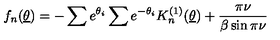
f _ { n } ( \underline { { \theta } } ) = - \sum e ^ { \theta _ { i } } \sum e ^ { - \theta _ { i } } K _ { n } ^ { ( 1 ) } ( \underline { { \theta } } ) + \frac { \pi \nu } { \beta \sin \pi \nu }